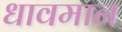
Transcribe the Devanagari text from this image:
धावमान